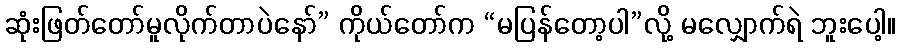
ဆုံးဖြတ်တော်မူလိုက်တာပဲနော်” ကိုယ်တော်က “မပြန်တော့ပါ”လို့ မလျှောက်ရဲ ဘူးပေါ့။